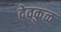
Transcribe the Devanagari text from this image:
देवकुळ